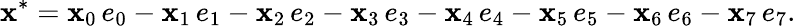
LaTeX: \mathbf{x}^{*}=\mathbf{x}_{0}\, e_{0}-\mathbf{x}_{1}\, e_{1}-\mathbf{x}_{2}\, e_{2}-\mathbf{x}_{3}\, e_{3}-\mathbf{x}_{4}\, e_{4}-\mathbf{x}_{5}\, e_{5}-\mathbf{x}_{6}\, e_{6}-\mathbf{x}_{7}\, e_{7}.